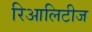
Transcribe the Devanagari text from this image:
रिआलिटीज